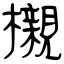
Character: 櫬